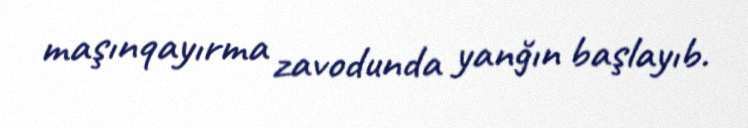
maşınqayırma zavodunda yanğın başlayıb.